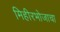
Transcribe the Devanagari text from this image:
मिहीरभोजाचा